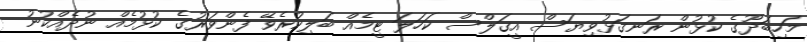
މަހިބަދޫގެ ކުޅުން ރަނގަޅުވިޔަސް އީގަލްސް ކަހަލަ ޓީމެއް ބަލިކުރެވޭ ފެންވަރުގެ ކުޅުމެއް ނުދެއްކުނު